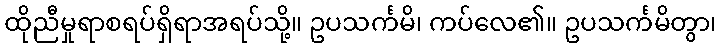
ထိုညီမှုရာစရပ်ရှိရာအရပ်သို့။ ဥပသင်္ကမိ၊ ကပ်လေ၏။ ဥပသင်္ကမိတွာ၊